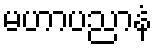
မဟာပညာနံ